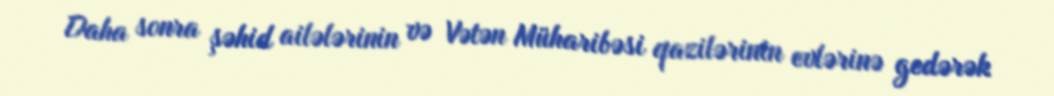
Daha sonra şəhid ailələrinin və Vətən Müharibəsi qazilərinin evlərinə gedərək